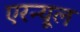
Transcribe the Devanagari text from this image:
एरन्‍यूल